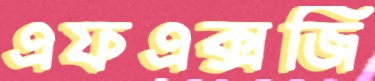
এফএক্সজি